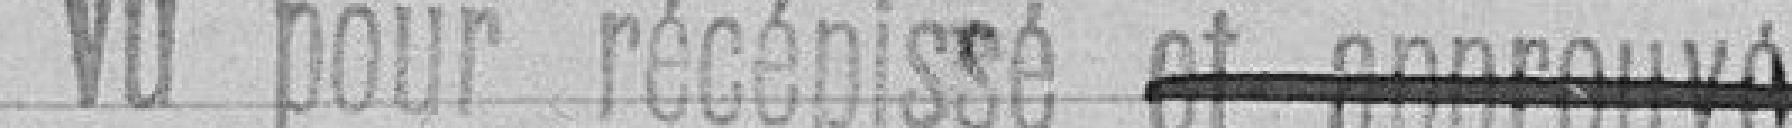
Vu pour récépissé et approuvé